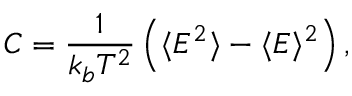
C = \frac { 1 } { k _ { b } T ^ { 2 } } \left( \langle E ^ { 2 } \rangle - \langle E \rangle ^ { 2 } \right) ,